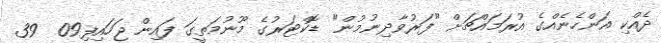
ދެއްކި އަންހެނެއްގެ އުރަމައްޗަށް "ފަރުވާދިނުމުން" ޑޮކްޓަރުގެ މޫނުމަތީގަ ފައިން ޖަހައިފި09  39